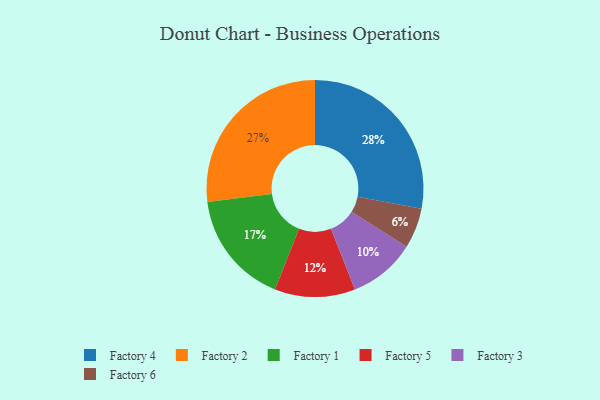
{"axis": {"x": "Category", "y": "Percentage"}, "legend": ["Factory 1", "Factory 2", "Factory 3", "Factory 4", "Factory 5", "Factory 6"], "data": [{"x": "Factory 2", "y": 27, "type": "Factory 2"}, {"x": "Factory 6", "y": 6, "type": "Factory 6"}, {"x": "Factory 5", "y": 12, "type": "Factory 5"}, {"x": "Factory 1", "y": 17, "type": "Factory 1"}, {"x": "Factory 4", "y": 28, "type": "Factory 4"}, {"x": "Factory 3", "y": 10, "type": "Factory 3"}]}